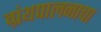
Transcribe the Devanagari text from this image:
ग्रंथपालनाचा